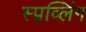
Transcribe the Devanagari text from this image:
स्प्रव्लिंग